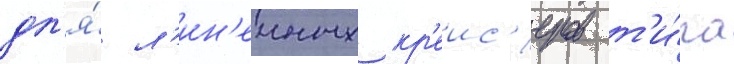
дл'я́ л'ин'еиных кр'еис'еров т'и́па